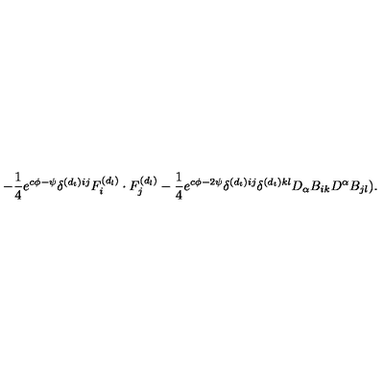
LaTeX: - \frac { 1 } { 4 } e ^ { c \phi - \psi } \delta ^ { ( d _ { t } ) i j } F _ { i } ^ { ( d _ { l } ) } \cdot F _ { j } ^ { ( d _ { l } ) } - \frac { 1 } { 4 } e ^ { c \phi - 2 \psi } \delta ^ { ( d _ { t } ) i j } \delta ^ { ( d _ { t } ) k l } D _ { \alpha } B _ { i k } D ^ { \alpha } B _ { j l } ) .